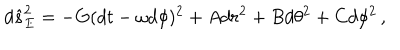
LaTeX: d \hat { s } _ { E } ^ { 2 } = - G ( d t - \omega d \phi ) ^ { 2 } + A d r ^ { 2 } + B d \theta ^ { 2 } + C d \phi ^ { 2 } \, ,